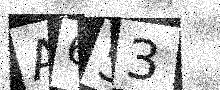
Text: A653